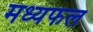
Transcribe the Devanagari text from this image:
मध्यफल